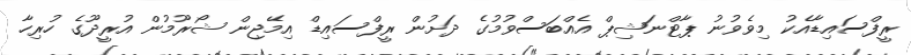
ރީފްސައިޑާއެކު މިވެވުނު ޕާޓްނަޝިޕް އެއްބަސްވުމުގެ ދަށުން ރީފްސައިޑް އިމޭޖިން ޝޯރޫމުން އުރީދޫގެ ހުރިހާ